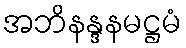
အဘိနန္ဒနမဋ္ဌမံ